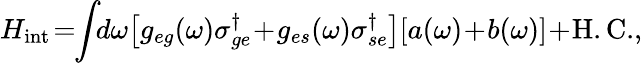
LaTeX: H_{\mathrm{int}}\! =\! \! \int\! \! d\omega\! \left[g_{eg}(\omega)\sigma_{ge}^{\dagger}\! +\! g_{es}(\omega)\sigma_{se}^{\dagger}\right][a(\omega)\! +\! b(\omega)]\! +\! \mathrm{H.C.},